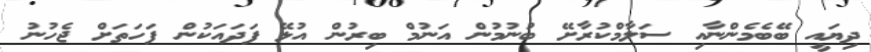
ދިޔައީ ބޭބެމެންނާއި ސަލާމްކުރާށޭ ބުނުމުން އަނުމް ބިރުން އުޅޭ ފަދައަކުން ފަހަތަށް ޖެހުނު